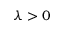
\lambda > 0